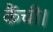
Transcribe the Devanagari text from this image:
कैंची।